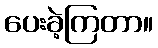
ပေးခဲ့ကြတာ။